Lunatic asylums Bombay report 1891-1903 - 1891-1903
Year: 1891
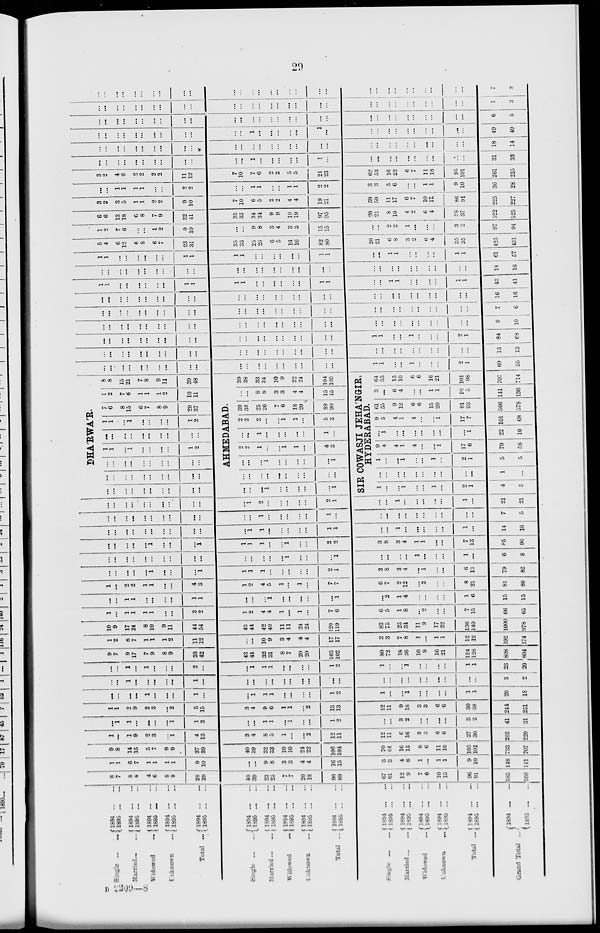
29
Single ...
Married. ...
Widowed ...
Unknown ...
Total ...
1894 ... ...
1895 ... ...
1894 ... ...
1895 ... ...
1894 ... ...
1895 ... ...
1894 ... ...
1895 ... ...
1894 ... ...
1895 ... ...
Single
...
Married ...
Widowed ...
Unknown ...
Total ...
Single ...
Married ...
Widowed ...
Unknown ...
Total ...
Grand Total ...
1894 ... ...
1895 ... ...
1894 ... ...
1895 ... ...
1894
...
...
1895
...
...
1894
...
...
1895 ... ...
1894 ... ...
1895
...
...
1894
...
...
1895
...
...
1894
...
...
1895
...
...
1894
...
...
1895
...
...
1894
...
...
1895
...
...
1894
...
...
1895 ... ...
1894
...
...
1895
...
...
8
7
8
8
4
6
8
8
28
29
40
39
23
25
7
7
20
18
90
89
67
61
12
9
7
6
10
15
96
91
585
566
1
1
6
7
1
1
1
1
9
10
...
...
9
8
3
3
4
4
16
15
3
3
4
6
1
...
1
1
9
10
148
141
9
8
14
15
5
7
9
9
37
39
40
39
32
33
10
10
24
22
106
104
70
64
16
15
8
6
11
16
105
101
733
707
1
...
1
9
2
3
...
1
4
13
3
4
8
5
1
...
...
2
12
11
12
11
6
16
3
...
6
6
27
36
203
220
...
1
1
...
...
...
...
1
1
2
...
...
1
1
...
1
...
...
1
2
...
...
3
2
...
...
...
...
3
2
41
31
1
1
2
9
2
3
...
2
5
15
3
4
9
6
1
1
...
2
13
13
12
11
9
18
3
3
6
6
30
38
244
251
...
...
...
...
1
...
...
...
1
...
...
1
1
1
...
...
...
...
1
2
1
...
...
1
...
...
...
...
1
1
20
18
...
...
1
...
...
...
...
...
1
...
...
...
...
...
...
...
...
...
...
...
...
...
...
...
...
...
...
...
...
...
3
2
...
...
1
...
1
...
...
...
2
...
...
1
1
1
...
...
...
...
1
2
1
...
...
1
...
...
...
...
1
1
23
20
9
7
9
17
7
9
8
9
33
42
43
44
32
31
8
7
20
20
103
102
80
72
18
26
10
9
16
21
124
128
808
804
1
2
8
7
1
1
1
2
11
12
...
...
10
9
3
4
4
4
17
17
3
3
7
8
1
...
1
1
12
12
192
174
10
9
17
24
8
10
9
11
44
54
43
44
42
40
11
11
24
24
120
119
83
75
25
34
11
9
17
22
136
140
1000
978
1
...
1
1
1
1
...
...
3
2
1
2
4
4
1
...
1
...
7
6
6
5
1
8
...
2
...
...
7
15
66
65
...
...
1
1
...
...
...
...
1
1
...
...
...
1
...
...
...
...
...
1
...
2
1
4
...
...
...
...
1
6
15
15
1
...
2
2
1
1
...
...
4
3
1
2
4
5
1
...
1
...
7
7
6
7
2
12
...
2
...
...
8
21
81
80
...
...
...
...
...
1
...
...
...
1
1
1
1
...
...
...
...
...
2
1
3
8
3
4
...
1
...
...
6
13
79
82
...
...
...
...
...
...
...
...
...
...
...
...
...
...
...
1
...
...
...
1
...
...
...
...
1
...
...
...
1
...
6
8
...
...
...
...
...
1
...
...
...
1
1
1
1
...
...
1
...
...
2
2
3
8
3
4
1
1
...
...
7
13
85
90
...
...
...
...
...
...
...
...
...
...
...
1
1
...
...
...
...
...
1
1
...
...
1
...
...
...
...
...
1
...
14
16
...
...
...
...
...
...
...
...
...
...
...
...
1
...
...
...
...
...
1
...
...
...
...
...
...
...
...
...
...
...
7
5
...
...
...
...
...
...
...
...
...
...
...
1
2
...
...
...
...
...
2
1
...
...
1
...
...
...
...
...
1
...
21
21
DHA'RWA'R.
...
...
...
...
...
...
...
...
...
...
...
...
...
...
...
...
...
...
...
...
...
...
...
...
...
...
...
...
...
...
1
1
...
1
...
...
...
...
1
2
...
...
...
...
...
...
...
...
...
...
1
1
...
1
...
...
...
...
1
2
7
6
8
15
6
7
8
9
29
37
1
2
7
6
1
1
1
2
10
11
8
8
15
21
7
8
9
11
39
48
AHMEDABAD.
...
...
...
1
...
...
...
...
...
1
...
...
...
...
...
...
...
...
...
...
...
...
...
1
...
...
...
...
...
1
2
2
1
...
...
1
1
...
4
3
...
...
1
...
...
...
...
...
1
...
2
2
2
...
...
1
1
...
5
3
39
38
25
26
7
6
18
20
89
90
...
...
8
8
3
3
4
4
15
15
39
38
33
34
10
9
22
24
104
105
SIR COWASJI JEHA'NGIR,
HYDERABAD.
1
...
...
1
...
...
1
...
2
1
4
5
...
...
...
...
...
...
...
...
...
...
1
...
1
...
...
1
...
...
1
...
2
1
5
5
9
4
4
1
4
...
...
1
17
6
79
58
...
1
...
...
...
...
...
...
...
1
22
10
9
5
4
1
4
...
...
1
17
7
101
68
61
55
9
12
6
6
15
20
91
93
566
578
3
...
6
4
...
...
1
1
10
5
141
136
64
55
15
16
6
6
16
21
101
98
707
714
...
...
...
...
...
...
...
...
...
...
...
...
...
...
...
...
...
...
...
...
1
1
...
...
1
...
...
...
2
1
69
55
...
...
...
...
...
...
...
...
...
...
...
...
...
...
...
...
...
...
...
...
...
...
...
...
...
...
...
...
...
...
15
13
...
...
...
...
...
...
...
...
...
...
...
...
...
...
...
...
...
...
...
...
1
1
...
...
1
...
...
...
2
1
84
68
...
...
...
...
...
...
...
...
...
...
...
...
...
...
...
...
...
...
...
...
...
...
...
...
...
...
...
...
...
...
9
10
...
...
...
...
...
...
...
...
...
...
...
...
...
...
...
...
...
...
...
...
...
...
...
...
...
...
...
...
...
...
7
6
...
...
...
...
...
...
...
...
...
...
...
...
...
...
...
...
...
...
...
...
...
...
...
...
...
...
... ...
...
...
16
16
1
1
...
...
...
...
...
...
1
1
1
1
...
...
...
...
...
...
1
1
...
...
1
1
...
...
...
...
1
1
43
41
...
...
...
...
...
...
...
...
...
...
...
...
...
...
...
...
...
...
...
...
...
...
...
...
...
...
... ...
...
...
18
16
1
1
...
...
...
...
...
...
1
1
1
1
...
...
...
...
...
1
1
...
...
1
1
...
...
...
...
1
1
61
57
5
4
6
12
6
8
6
7
23
31
35
33
25
26
6
5
16
16
82
80
20
21
6
8
3
2
6
4
35
35
425
431
1
2
7
6
...
...
1
2
9
10
...
...
9
8
3
4
3
3
15
15
...
...
2
2
1
...
...
...
3
2
97
94
6
6
13
18
6
8
7
9
32
41
35
33
34
34
9
9
19
19
97
95
20
21
8
10
4
2
6
4
28
37
522
525
3
2
3
5
1
1
2
2
9
10
7
10
6
5
2
2
4
4
19
21
59
50
11
17
6
7
10
17
86
91
225
227
...
...
1
1
1
1
...
...
2
2
...
...
1
1
...
...
1
1
2
2
3
3
5
6
...
...
1
1
9
10
36
28
3
2
4
6
2
2
2
2
11
12
7
10
7
6
2
2
5
5
21
23
62
53
16
23
6
7
11
18
95
101
261
255
...
...
...
...
...
...
...
...
...
...
...
...
1
...
...
...
...
...
1
...
...
...
...
...
...
...
...
...
...
...
31
35
...
...
...
...
...
...
...
...
...
...
...
...
...
...
...
...
...
...
...
...
...
...
...
...
...
...
...
...
...
...
18
14
...
...
...
...
...
...
...
...
...
...
...
...
1
...
...
...
...
...
1
...
...
...
...
...
...
...
...
...
...
...
49
49
...
...
...
...
...
...
...
...
...
...
...
...
...
...
...
...
...
...
...
...
...
...
...
...
...
...
...
...
...
...
6
5
...
...
...
...
...
...
...
...
...
...
...
...
...
...
...
...
...
...
...
...
...
...
...
...
...
...
...
...
...
...
1
3
...
...
...
...
...
...
...
...
...
...
...
...
...
...
...
...
...
...
...
...
...
...
...
...
...
...
...
...
...
...
7
8
B 2209—8